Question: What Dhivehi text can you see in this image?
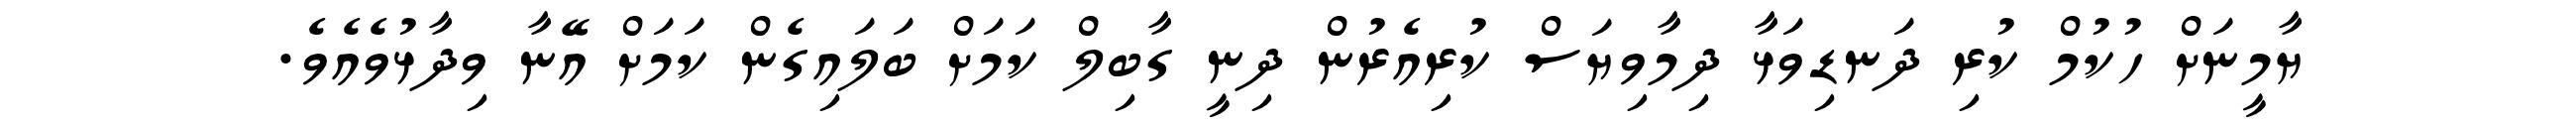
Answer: ޔާމީނަށް ހުކުމް ކުރި ދަނޑިވަޅާ ދިމާވިޔަސް ކުރިއެރުން ދިނީ ގާބިލް ކަމަށް ބަލައިގެން ކަމަށް އޭނާ ވިދާޅުވެއެވެ.